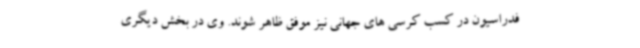
فدراسیون در کسب کرسی های جهانی نیز موفق ظاهر شوند. وی در بخش دیگری